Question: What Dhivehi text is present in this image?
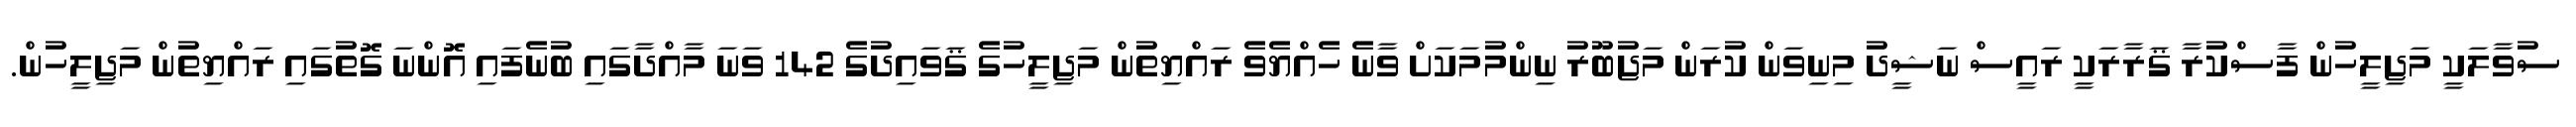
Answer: ސުވާލަކީ މަޖިލީހުން ފާސްކުރާ ޤަރާރަކީ ރައީސް ނަޝީދު މިނިވަން ކުރަން މަޖުބޫރު ނިންމުމަކަށް ވާނެ ހެއްޔެވެ ރައްޔިތުން މަޖިލީހުގެ ޤަވައިދުގެ 142 ވަނަ މާއްދާގައި ބުނެފައި އޮންނަ ގޮތުގައި ރައްޔިތުން މަޖިލީހުން.